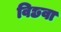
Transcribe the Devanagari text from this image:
विछवा